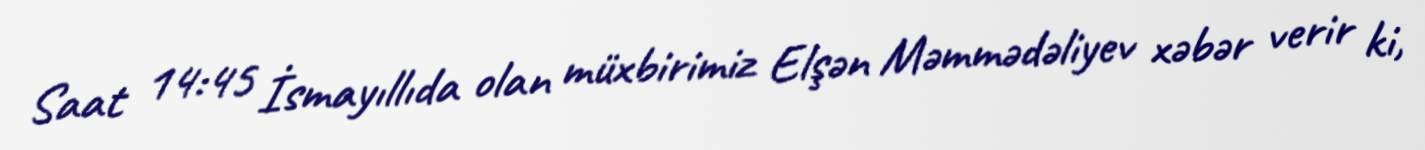
Saat 14:45 İsmayıllıda olan müxbirimiz Elşən Məmmədəliyev xəbər verir ki,